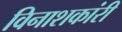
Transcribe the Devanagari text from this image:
विनाशकांरी